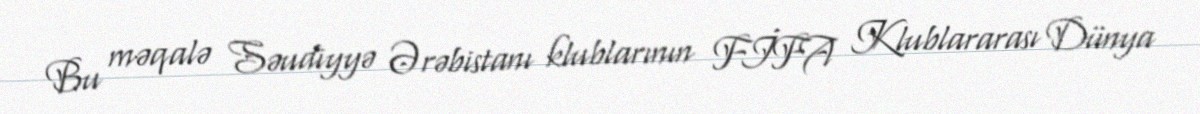
Bu məqalə Səudiyyə Ərəbistanı klublarının FİFA Klublararası Dünya